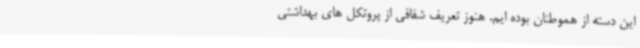
این دسته از هموطنان بوده ایم. هنوز تعریف شفافی از پروتکل های بهداشتی